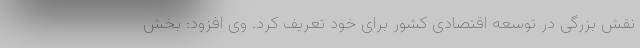
نقش بزرگی در توسعه اقتصادی کشور برای خود تعریف کرد. وی افزود: بخش